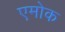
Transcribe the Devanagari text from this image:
एमोक